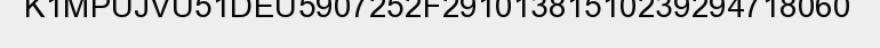
K1MPUJVU51DEU5907252F29101381510239294718060